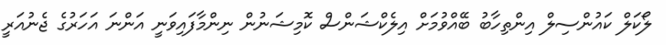
ލޯކަލް ކައުންސިލް އިންތިހާބު ބޭއްވުމަށް އިލެކްޝަންސް ކޮމިޝަނުން ނިންމާފައިވަނީ އަންނަ އަހަރުގެ ޖެނުއަރީ